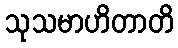
သုသမာဟိတာတိ